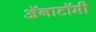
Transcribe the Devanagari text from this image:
अॅनाटॉमी